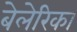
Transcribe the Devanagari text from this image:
बेलेरिका